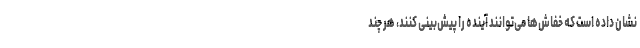
نشان داده است که خفاش‌ها می‌توانند آینده را پیش‌بینی کنند، هر چند